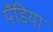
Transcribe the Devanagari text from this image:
पँड़िया